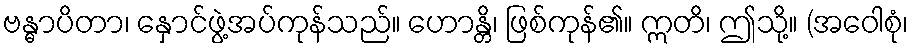
ဗန္ဓာပိတာ၊ နှောင်ဖွဲ့အပ်ကုန်သည်။ ဟောန္တိ၊ ဖြစ်ကုန်၏။ ဣတိ၊ ဤသို့။ (အဝေါစုံ၊